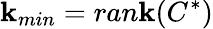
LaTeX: \mathbf{k}_{min}=ran\mathbf{k}(C^{*})